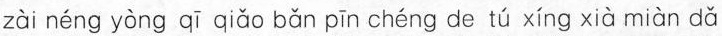
zài néng yòng qī qiǎo bǎn pīn chéng de tú xíng xià miàn dǎ